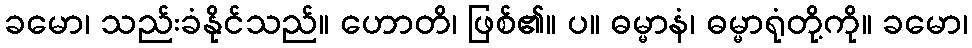
ခမော၊ သည်းခံနိုင်သည်။ ဟောတိ၊ ဖြစ်၏။ ပ။ ဓမ္မာနံ၊ ဓမ္မာရုံတို့ကို။ ခမော၊